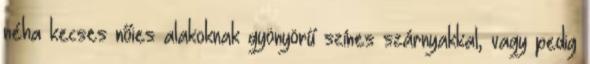
néha kecses nőies alakoknak gyönyörű színes szárnyakkal, vagy pedig